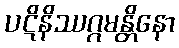
ပဋိနိဿဂ္ဂမန္တိနော